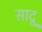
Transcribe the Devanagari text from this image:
सादू